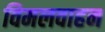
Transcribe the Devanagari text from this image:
विमलवाहन